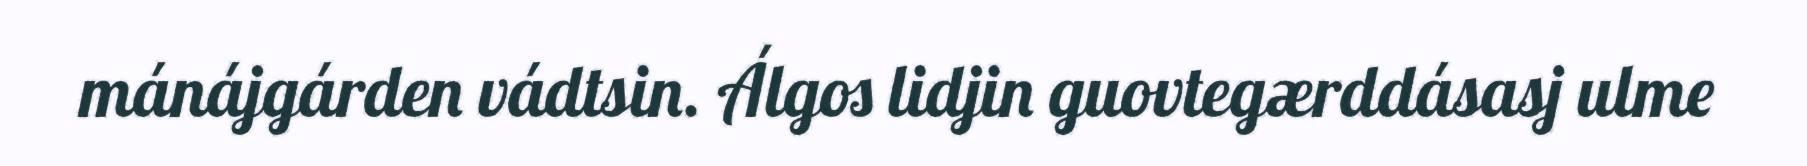
mánájgárden vádtsin. Álgos lidjin guovtegærddásasj ulme